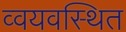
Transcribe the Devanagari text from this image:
व्वयवस्थित